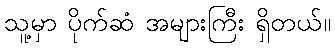
သူ့မှာ ပိုက်ဆံ အများကြီး ရှိတယ်။